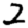
Digit: 2